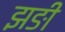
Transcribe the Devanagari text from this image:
झङी